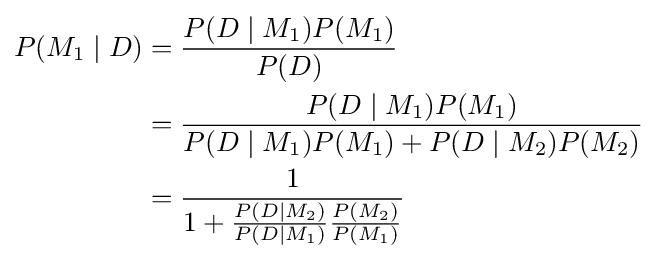
{\begin{aligned}P(M_{1}\mid D)&={\frac {P(D\mid M_{1})P(M_{1})}{P(D)}}\\&={\frac {P(D\mid M_{1})P(M_{1})}{P(D\mid M_{1})P(M_{1})+P(D\mid M_{2})P(M_{2})}}\\&={\frac {1}{1+{\frac {P(D\mid M_{2})}{P(D\mid M_{1})}}{\frac {P(M_{2})}{P(M_{1})}}}}\end{aligned}}